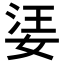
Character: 𡝝